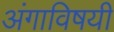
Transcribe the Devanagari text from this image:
अंगाविषयी